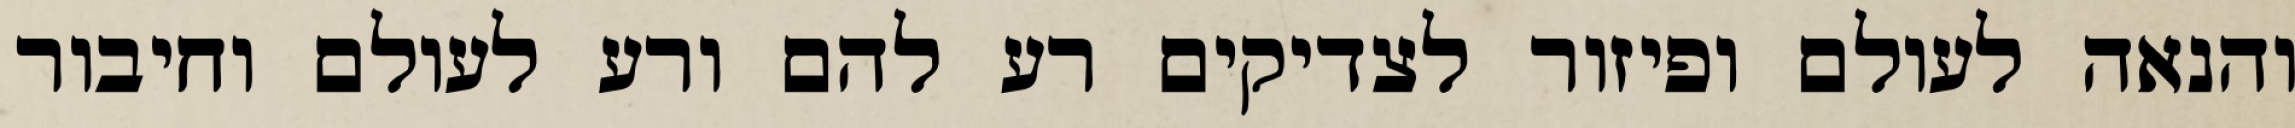
והנאה לעולם ופיזור לצדיקים רע להם ורע לעולם וחיבור